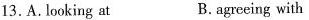
13.A.lnoking at B. agreeing with